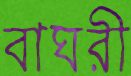
বাঘরী